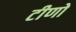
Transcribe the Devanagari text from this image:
टीणो